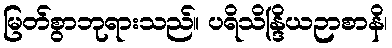
မြတ်စွာဘုရားသည်။ ပရိသိန္ဒြိယဉာစာနိ၊